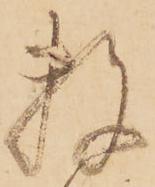
数